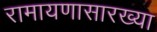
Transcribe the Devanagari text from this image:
रामायणासारख्या